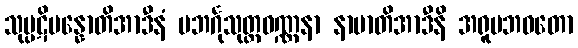
သုပ္ပဋိပန္နောတိအာဒီနံ ပဘင်္ဂုသုတ္တဝဏ္ဏနာ နာမာတိအာဒီနိ အရူပဘဝတော